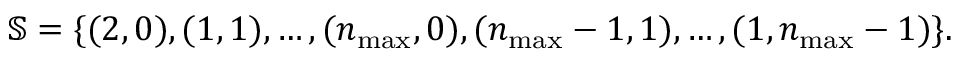
\mathbb { S } = \{ ( 2 , 0 ) , ( 1 , 1 ) , \dots , ( n _ { \operatorname* { m a x } } , 0 ) , ( n _ { \operatorname* { m a x } } - 1 , 1 ) , \dots , ( 1 , n _ { \operatorname* { m a x } } - 1 ) \} .